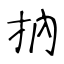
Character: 抐